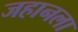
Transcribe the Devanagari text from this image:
जहानला